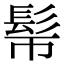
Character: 𩫿